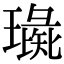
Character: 璏